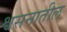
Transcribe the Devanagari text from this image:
श्वसनातील